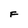
Character: F